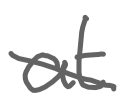
Text: at
Cross-out: cross
Writing tool: digital_gray